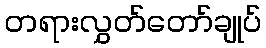
တရားလွှတ်တော်ချုပ်